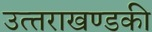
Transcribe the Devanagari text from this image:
उत्‍तराखण्‍डकी